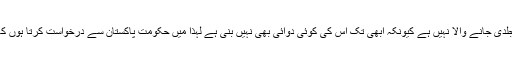
انہوں نے کہا کہ یہ وائرس اتنی جلدی جانے والا نہیں ہے کیونکہ ابھی تک اس کی کوئی دوائی بھی نہیں بنی ہے لہٰذا میں حکومت پاکستان سے درخواست کرتا ہوں کہ براہ مہربانی لاک ڈاؤن کر دیں۔